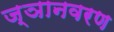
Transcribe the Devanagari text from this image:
ज्ञानवरण